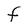
Character: F